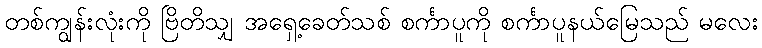
တစ်ကျွန်းလုံးကို ဗြိတိသျှ အရှေ့ခေတ်သစ် စင်္ကာပူကို စင်္ကာပူနယ်မြေသည် မလေး